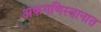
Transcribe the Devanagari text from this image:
अफगणिस्तानात